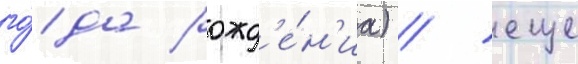
го́да рожд'е́н'иа) / еще